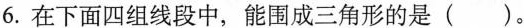
6.在下面四组线段中,能围成三角形的是( ).